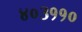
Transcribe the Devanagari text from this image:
४०३११०